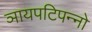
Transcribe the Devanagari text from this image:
ञायपटिपन्नो